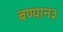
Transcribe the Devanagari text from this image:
बण्यान३